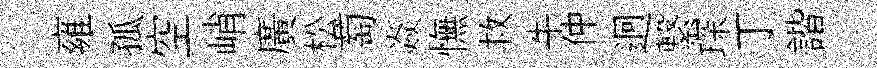
雍孤空峭廣松萄焱憮救牛仲迥繋琛丁諧